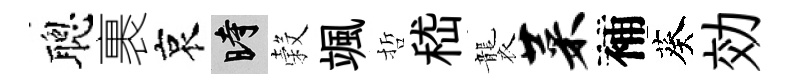
聰裹哀时穀颯哲嵇襲菜補葵効